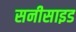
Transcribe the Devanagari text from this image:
सनीसाइड